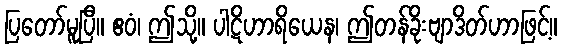
ပြတော်မူပြီ။ ဧဝံ၊ ဤသို့။ ပါဋိဟာရိယေန၊ ဤတန်ခိုးဗျာဒိတ်ဟာဖြင့်။